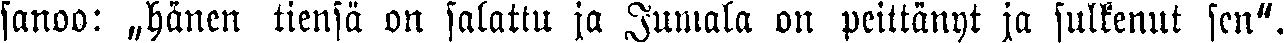
sanoo: „hänen tiensä on salattu ja Jumala on peittänyt ja sulkenut sen".